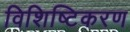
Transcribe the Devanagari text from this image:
विशिष्टिकरण